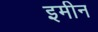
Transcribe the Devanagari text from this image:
इमीन